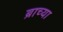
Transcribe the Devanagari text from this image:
ब्राच्या